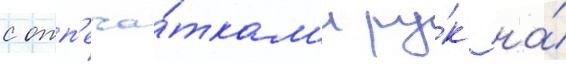
с отп'еча́ткам'и ру́к на́